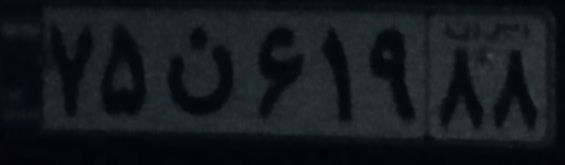
۷۵ن۶۱۹۸۸